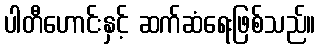
ပါတီဟောင်းနှင့် ဆက်ဆံရေးဖြစ်သည်။